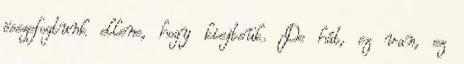
összefogtunk ellene, hogy kiejtsük. De hát, ez van, ez